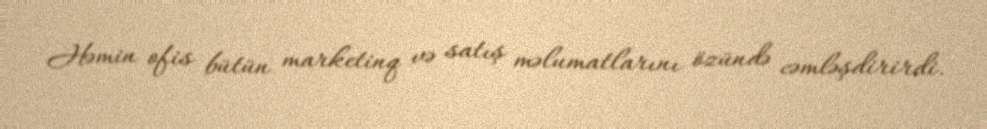
Həmin ofis bütün marketinq və satış məlumatlarını özündə cəmləşdirirdi.